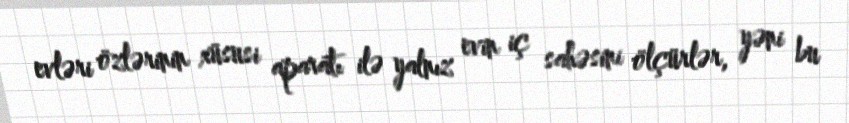
evləri özlərinin xüsusi aparatı ilə yalnız evin iç sahəsini ölçürlər, yəni bu